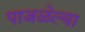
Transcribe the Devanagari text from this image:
पाजळेल्या